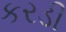
કરડી